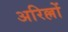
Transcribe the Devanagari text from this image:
अरिल्लों